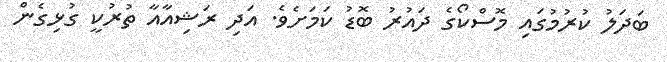
ބަދަލު ކުރުމުގައި މޮސްކޯގެ ދައުރު ބޮޑު ކަމަށެވެ. އަދި ރަޝިއާއާ ތުރުކީ ގުޅިގެން